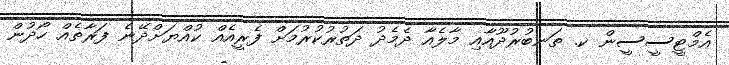
އެމްޓީސީސީން ކ. ތަނބުރުދޫއާއި މާލެއާ ދެމެދު ދަތުރުކުރުމަށް ފެރީއެއް ކުއްޔަށްދޭނެ ފަރާތެއް ހޯދުން